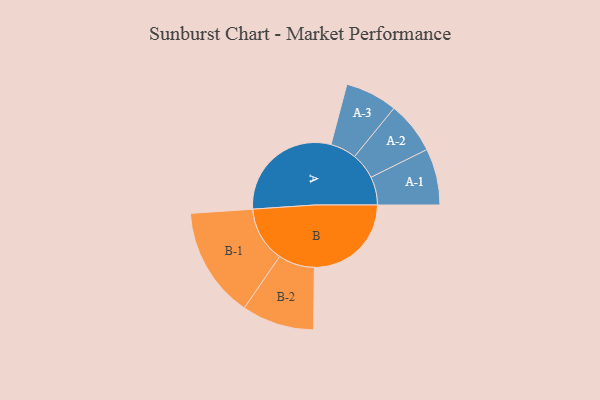
{"axis": {"x": "Segment", "y": "Value"}, "legend": ["", "A", "B"], "data": [{"x": "A", "y": 494, "type": ""}, {"x": "B", "y": 412, "type": ""}, {"x": "A-1", "y": 120, "type": "A"}, {"x": "A-2", "y": 111, "type": "A"}, {"x": "A-3", "y": 111, "type": "A"}, {"x": "B-1", "y": 235, "type": "B"}, {"x": "B-2", "y": 154, "type": "B"}]}